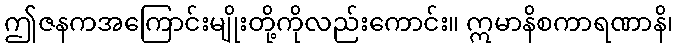
ဤဇနကအကြောင်းမျိုးတို့ကိုလည်းကောင်း။ ဣမာနိစကာရဏာနိ၊